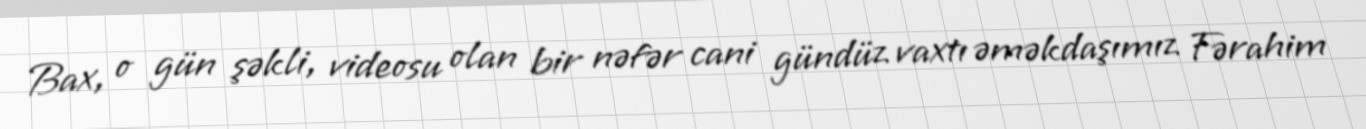
Bax, o gün şəkli, videosu olan bir nəfər cani gündüz vaxtı əməkdaşımız Fərahim